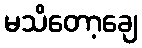
မသိတော့ချေ